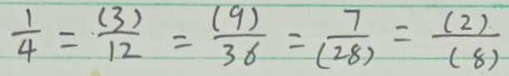
\frac { 1 } { 4 } = \frac { ( 3 ) } { 1 2 } = \frac { ( 9 ) } { 3 6 } = \frac { 7 } { ( 2 8 ) } = \frac { ( 2 ) } { ( 2 8 ) }